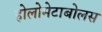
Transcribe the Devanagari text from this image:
होलोमेटाबोलस